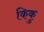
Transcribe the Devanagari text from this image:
किकु